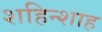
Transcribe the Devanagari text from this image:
शहिन्शाह